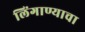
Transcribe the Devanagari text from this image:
लिंगाण्याचा